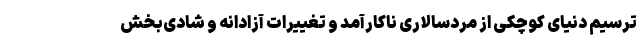
ترسیم دنیای کوچکی از مردسالاری ناکارآمد و تغییرات آزادانه و شادی‌بخش